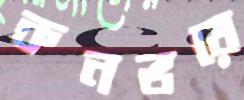
কনভয়ে